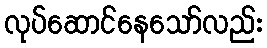
လုပ်ဆောင်နေသော်လည်း